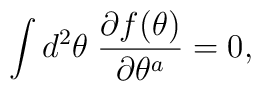
\int d^2\theta\;\frac{\partial f(\theta)}{\partial \theta^a}=0,